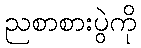
ညစာစားပွဲကို